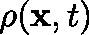
\mathbf { \rho } ( \mathbf { x } , t ) \,